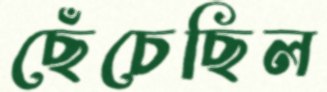
ছেঁচেছিল